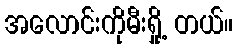
အလောင်းကိုမီးရှို့ တယ်။